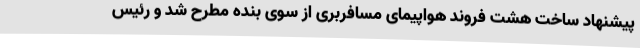
پیشنهاد ساخت هشت فروند هواپیمای مسافربری از سوی بنده مطرح شد و رئیس